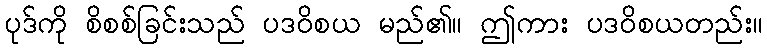
ပုဒ်ကို စိစစ်ခြင်းသည် ပဒဝိစယ မည်၏။ ဤကား ပဒဝိစယတည်း။